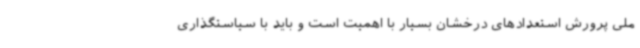
ملی پرورش استعدادهای درخشان بسیار با اهمیت است و باید با سیاستگذاری